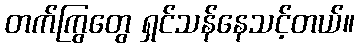
တက်ကြွတွေ ရှင်သန်နေသင့်တယ်။